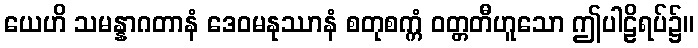
ယေဟိ သမန္နာဂတာနံ ဒေဝမနုဿာနံ စတုစက္ကံ ဝတ္တတီဟူသော ဤပါဠိရပ်၌။